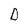
Character: D